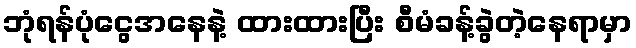
ဘုံရန်ပုံငွေအနေနဲ့ ထားထားပြီး စီမံခန့်ခွဲတဲ့နေရာမှာ